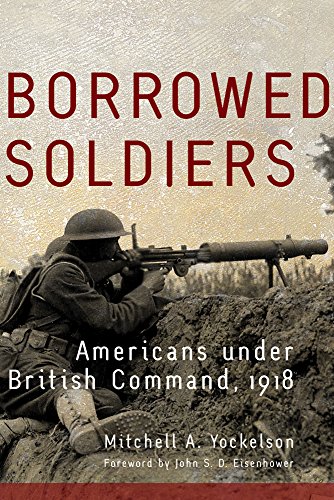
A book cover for Borrowed Soldiers: Americans under British Command, 1918 (Campaigns and Commanders Series); Mitchell A. Yockelson; History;